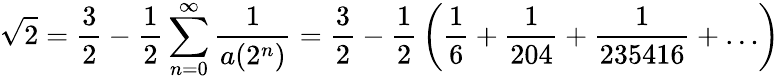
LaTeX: {\sqrt{2}}={\frac{3}{2}}-{\frac{1}{2}}\sum_{n=0}^{\infty}{\frac{1}{a(2^{n})}}={\frac{3}{2}}-{\frac{1}{2}}\left({\frac{1}{6}}+{\frac{1}{204}}+{\frac{1}{235416}}+\dots\right)